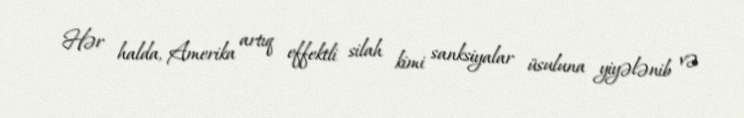
Hər halda, Amerika artıq effektli silah kimi sanksiyalar üsuluna yiyələnib və